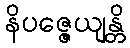
နိပဇ္ဇေယျန္တိ